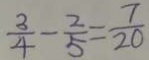
\frac { 3 } { 4 } - \frac { 2 } { 5 } = \frac { 7 } { 2 0 }